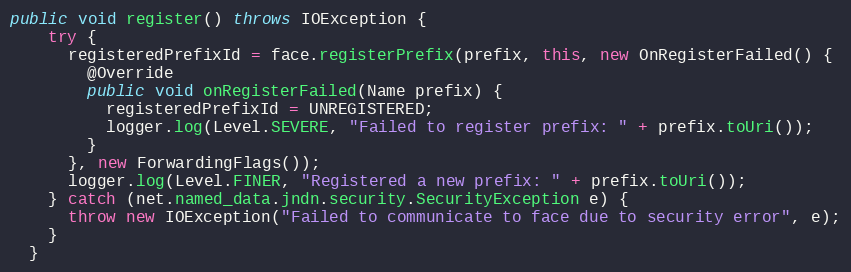
Language: Java
public void register() throws IOException {
    try {
      registeredPrefixId = face.registerPrefix(prefix, this, new OnRegisterFailed() {
        @Override
        public void onRegisterFailed(Name prefix) {
          registeredPrefixId = UNREGISTERED;
          logger.log(Level.SEVERE, "Failed to register prefix: " + prefix.toUri());
        }
      }, new ForwardingFlags());
      logger.log(Level.FINER, "Registered a new prefix: " + prefix.toUri());
    } catch (net.named_data.jndn.security.SecurityException e) {
      throw new IOException("Failed to communicate to face due to security error", e);
    }
  }